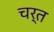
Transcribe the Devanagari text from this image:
चर्त